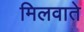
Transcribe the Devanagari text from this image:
मिलवाते